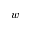
w